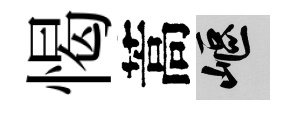
愒蒿嶇